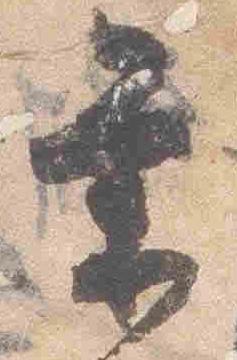
条